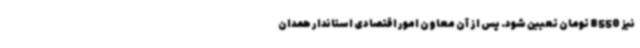
نیز 8550 تومان تعیین شود. پس از آن معاون امور اقتصادی استاندار همدان